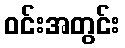
ဝင်းအတွင်း